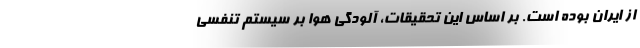
از ایران بوده است. بر اساس این تحقیقات، آلودگی هوا بر سیستم تنفسی